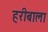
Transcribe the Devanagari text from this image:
हरीबाला